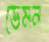
ডেমন